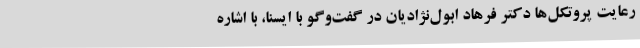
رعایت پروتکل‌ها دکتر فرهاد ابول‌نژادیان در گفت‌وگو با ایسنا، با اشاره